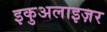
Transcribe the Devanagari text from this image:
इकुअलाइज़र